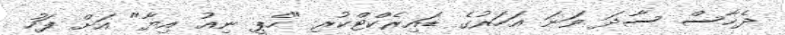
ދެހާސް ސާދަ ވަަނަ އަހަރުގެ ޑައިރެކްޓްކުރި "ހެޕީ ނިއު އިޔާ" އަށް ފަހު